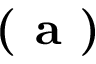
\textbf { ( a ) }